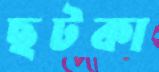
ছটকা